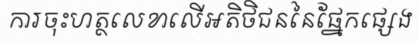
ការចុះហត្ថលេខាលើអតិថិជននៃផ្នែកផ្សេង